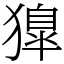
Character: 獋